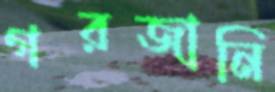
গরজানি